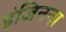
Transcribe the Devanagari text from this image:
इंजिनना